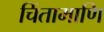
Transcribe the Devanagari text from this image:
चिंतामाणि